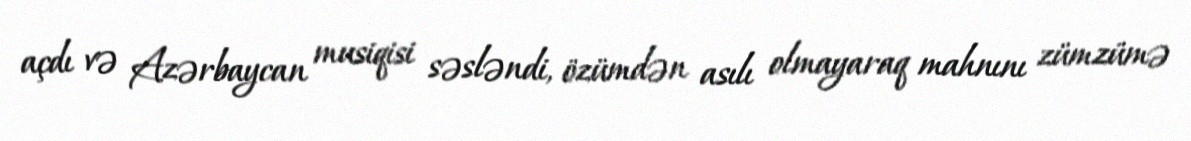
açdı və Azərbaycan musiqisi səsləndi, özümdən asılı olmayaraq mahnını zümzümə